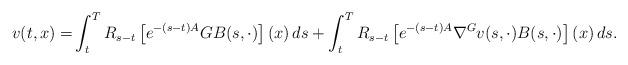
LaTeX: \begin{align*}v(t,x)=&\int_t^T R_{s-t}\left[e^{-(s-t){A}}G B(s,\cdot)\right](x)\,ds+\int_t^T R_{s-t}\left[e^{-(s-t){A}} \nabla^Gv(s,\cdot) B(s,\cdot) \right](x)\,ds. \end{align*}